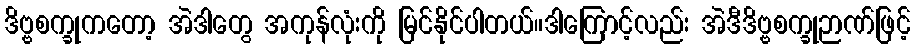
ဒိဗ္ဗစက္ခုကတော့ အဲဒါတွေ အကုန်လုံးကို မြင်နိုင်ပါတယ်။ဒါကြောင့်လည်း အဲဒီဒိဗ္ဗစက္ခုဉာဏ်ဖြင့်